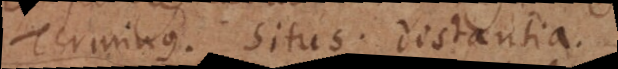
Terminus. Situs. Distantia.